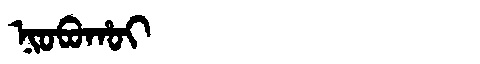
Manchu: ᠨᡳᠣᠪᠣᡥᠣᡳ
Romanization: NIOBOHOI